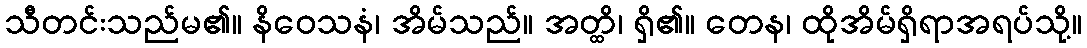
သီတင်းသည်မ၏။ နိဝေသနံ၊ အိမ်သည်။ အတ္ထိ၊ ရှိ၏။ တေန၊ ထိုအိမ်ရှိရာအရပ်သို့။